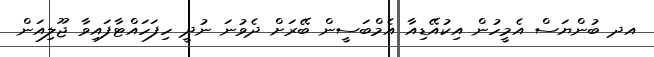
އދ ބުންޔަސް އެމީހުން އިކުއޭޑިއާ އެމްބަސީން ބޭރަށް ދެވުނަ ނުދީ ހިފަހައްޓާފައިވާ ޖޫލިއަން